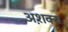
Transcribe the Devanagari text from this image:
अश़क्य